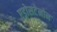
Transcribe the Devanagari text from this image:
एड्रोसटेनोन